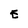
Character: E